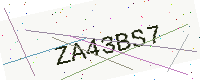
Text: ZA43BS7